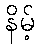
နိမ့်